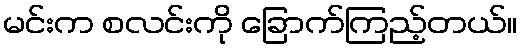
မင်းက စလင်းကို ခြောက်ကြည့်တယ်။